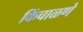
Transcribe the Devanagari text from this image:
किंचाळणे